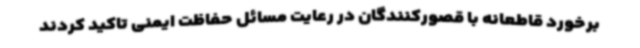
برخورد قاطعانه با قصورکنندگان در رعایت مسائل حفاظت ایمنی تاکید کردند